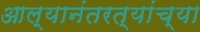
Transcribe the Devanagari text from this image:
आल्यानंतरत्यांच्या